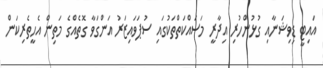
އައިޓީ ޑިވިޝަނާއި ގުޅުންހުރި އިދާރީ މަސައްކަތްތަކުގައި ސުޕަވައިޒަރު އަންގަވާ ގޮތެއްގެ މަތިން އެހީތެރިކަން